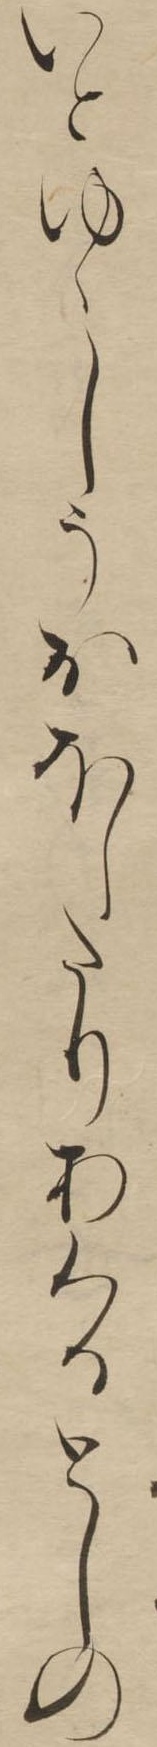
いとゆゝしうおほしたりあくるとしの